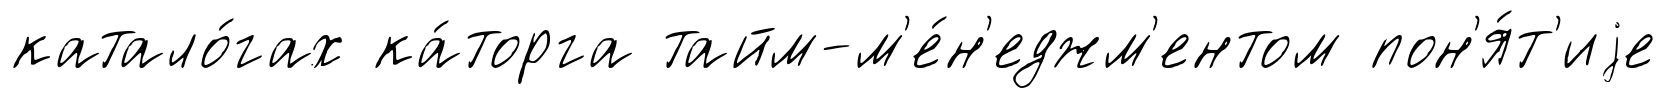
катало́гах ка́торга тайм-м'е́н'еджм'ентом пон'я́т'иjе